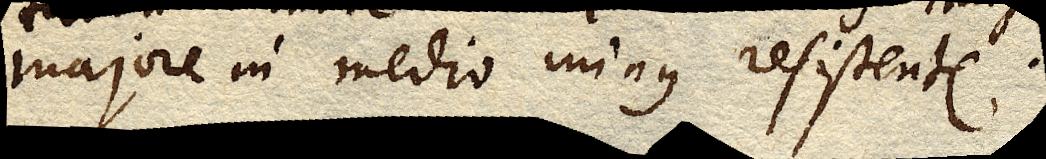
majore in medio minus resistente.